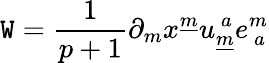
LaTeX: \mathtt{W}={\frac{{1}}{{p+1}}}\partial_{m}x^{\underline{{{m}}}}u_{\underline{{{m}}}}^{~a}e_{~a}^{m}